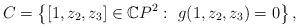
LaTeX: \begin{align*}C=\left\{[1,z_2,z_3]\in \mathbb{C}P^2: ~g(1,z_2,z_3)=0\right\},\end{align*}